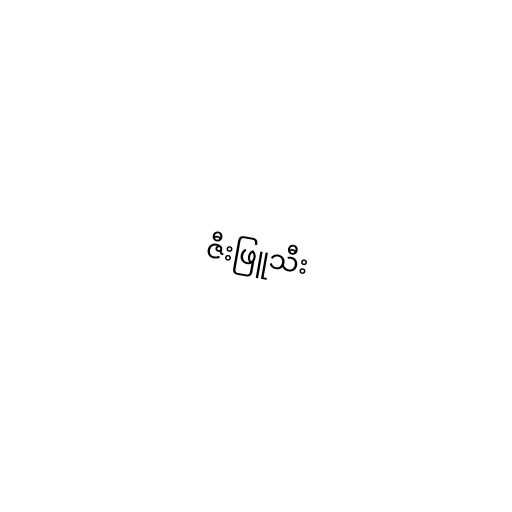
ဇီးဖြူသီး